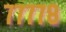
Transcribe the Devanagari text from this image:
७७७७८